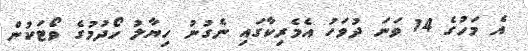
އެ މަހުގެ 14 ވަނަ ދުވަހު އެމެރިކާގައި ނެގުނު ހިޔާލު ހޯދުމުގެ ވޯޓަކުން